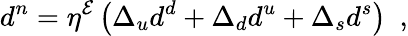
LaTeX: d^{n}=\eta^{\mathcal{E}}\left(\Delta_{u}d^{d}+\Delta_{d}d^{u}+\Delta_{s}d^{s}\right)\enspace,